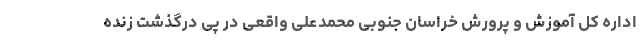
اداره کل آموزش و پرورش خراسان جنوبی محمدعلی واقعی در پی درگذشت زنده